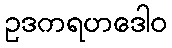
ဥဒကရဟဒေါဝ